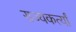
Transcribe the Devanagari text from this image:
राज्यकर्त्यां